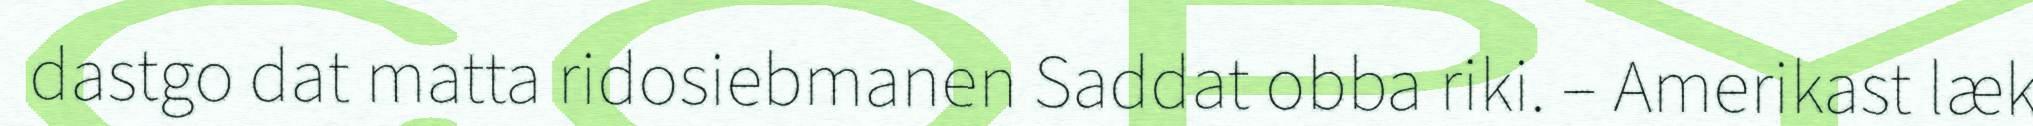
dastgo dat matta ridosiebmanen Saddat obba riki. – Amerikast læk